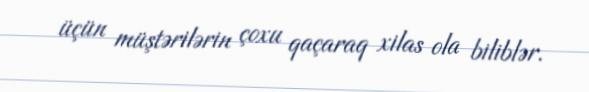
üçün müştərilərin çoxu qaçaraq xilas ola biliblər.